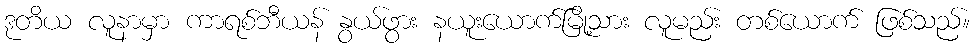
ဒုတိယ လူနာမှာ ကာရစ်ဘီယန် နွယ်ဖွား နယူးယောက်မြို့သား လူမည်း တစ်ယောက် ဖြစ်သည်။